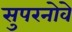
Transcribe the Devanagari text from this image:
सुपरनोवे